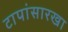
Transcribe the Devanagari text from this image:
टापांसारखा